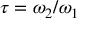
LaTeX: \tau = \omega _ { 2 } / \omega _ { 1 }